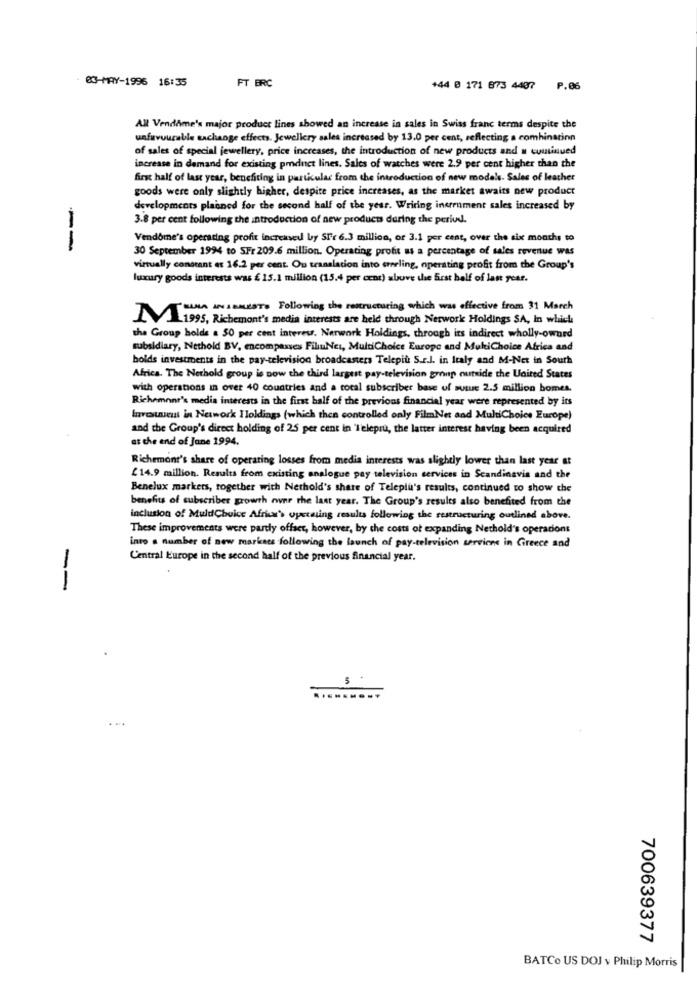
FT BRC
03-MAY-1996 16:35
144 B 171 873 4407 P.06
AR Vendôme's major product lines showed an increase in sales in Swiss franc terms despite the
unfavourable exchange effects. Jewellery sales increased by 13.0 per cent, reflecting a combination
of sales of special jewellery, price increases, the introduction of new products and a continued
increase in demand for existing product lines. Sales of watches were 2.9 per cent higher than the
first half of last year, benefiting in particular from the introduction of new models. Sales of leather
goods were only slightly higher, despite price increases, as the market awaits new product
developments planned for the second half of the year. Writing increment sales increased by
3.8 per cent following the introduction of new products during the period.
Vendôme's operating profit increased by Sfr 6.3 million, or 3.1 per cent, over the six months to
--
30 September 1994 to SFr 209.6 million. Operating profit as a percentage of sales revenue was
virtually constant et 16.2 per cent. Ou translation into ererling, operating profit from the Group's
luxury goods interests was £ 15.1 million (15.4 per cent) above the first half of last year.
"SANA IN ABALLST. Following the restructuring which was effective from 31 March
1995, Richemont's media interests are held through Network Holdings SA, In which
the Group holds a 50 per cent interew. Network Holdings, through its indirect wholly-owned
subsidiary, Nethold BV, encompasses FiluNes, MultiChoice Europe and MukiChoice Africa and
holds investments in the pay-television broadcasters Telepiù S.r.l. in Italy and M-Net in South
Africa. The Nethold group is now the third largest pay-television group outside the United States
with operations in over 40 countries and a cocal subscriber base of sutue 2.5 million bomes.
Richemont's media interests in the first half of the previous financial year were represented by its
Investuns in Network Holdings (which then controlled only FilmNet and MultiChoice Europe)
and the Group's direct holding of 25 per cent in "Telepru, the latter interest having been acquired
at the end of Jane 1994.
Richemont's share of operating losses from media interests was slightly lower than last year at
£14.9 million. Results from existing analogue pay television services in Scandinavia and the
Benelux markers, together with Nethold's share of Teleplu's results, continued to show the
benefits of subscriber growth over the last year. The Group's results also benefited from the
inclusion of MuldChoice Africa's operating results following the restructuring outlined above.
These improvements were party offset, however, by the costs ot expanding Nethold's operacions
into a number of new markets following the launch of pay-television servione in Greece and
Central Europe in the second half of the previous financial year.
--
700639377
BATCo US DOJ v Philip Morris